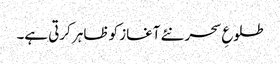
طلوعِ سحر نئے آغاز کو ظاہر کرتی ہے۔